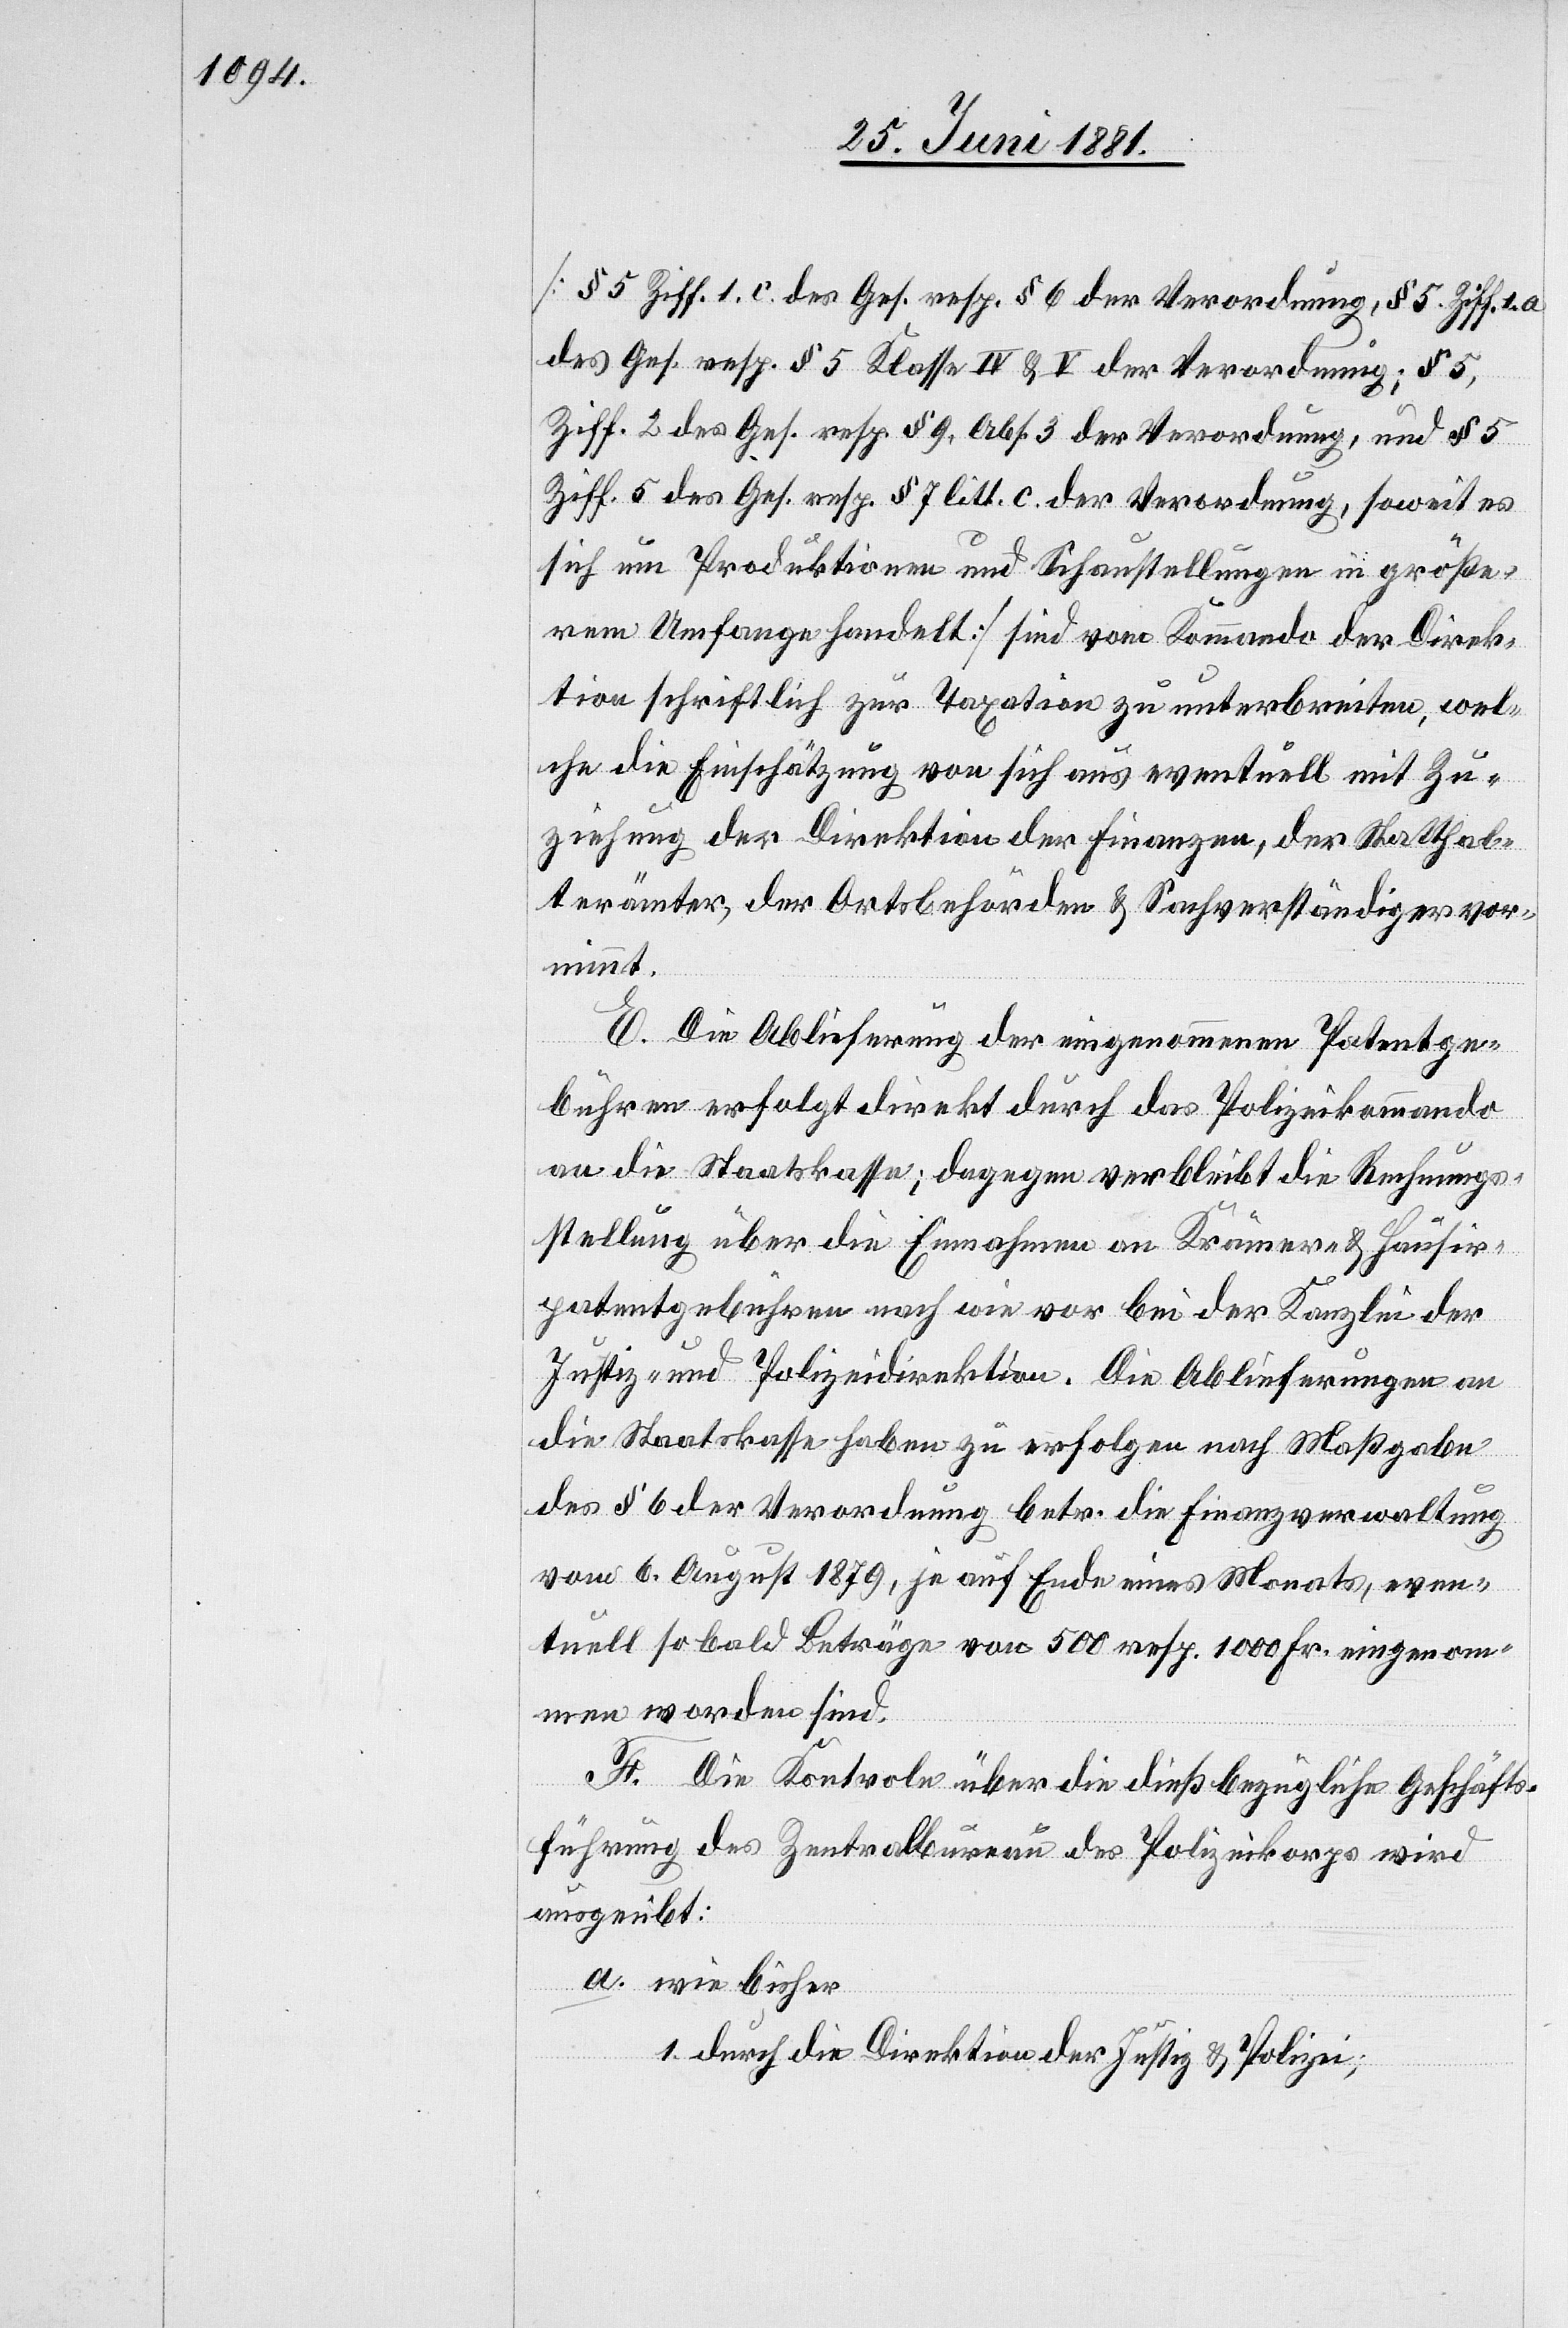
[§ 5 Ziff. 1. c. des Ges. resp. § 6 der Verordnung, § 5. Ziff. 1. a.
des Ges. resp. § 5 Klasse IV & V der Verordnung; § 5,
Ziff. 2 des Ges. resp. § 9, Abs. 3 der Verordnung, und § 5
Ziff. 5 des Ges. resp. § 7 litt. c. der Verordnung, soweit es
sich um Produktionen und Schaustellungen in größe¬
rem Umfange handelt] sind vom Kommando der Direk¬
tion schriftlich zur Taxation zu unterbreiten, wel¬
che die Einschätzung von sich aus eventuell mit Zu¬
ziehung der Direktion der Finanzen, der Statthal¬
terämter, der Ortsbehörden & Sachverständigen vorn¬
immt.
E. Die Ablieferung der eingenommenen Patentge¬
bühren erfolgt direkt durch das Polizeikommando
an die Staatskasse; dagegen verbleibt die Rechnungs¬
stellung über die Einnahmen an Krämer- & Hausir¬
patentgebühren nach wie vor bei der Kanzlei der
Justiz- und Polizeidirektion. Die Ablieferungen an
die Staatskasse haben zu erfolgen nach Maßgabe
des § 6 der Verordnung betr. die Finanzverwaltung
vom 6. August 1879, je auf Ende eines Monats, even¬
tuell so bald Beträge von 500 resp. 1000 Fr. eingenom¬
men worden sind.
F. Die Kontrole über die dießbezügliche Geschäfts¬
führung des Zentralbureau des Polizeikorps wird
ausgeübt:
a. wie bisher
1. durch die Direktion der Justiz & Polizei;